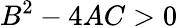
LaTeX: B^{2}-4AC>0